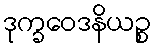
ဒုက္ခဝေဒနိယဉ္စ